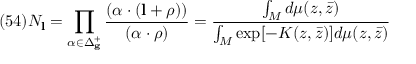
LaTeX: ( 5 4 ) N _ { \bf l } = \prod _ { \alpha \in \Delta _ { \bf g } ^ { + } } \frac { ( \alpha \cdot ( { \bf l } + \rho ) ) } { ( \alpha \cdot \rho ) } = \frac { \int _ { \cal M } d \mu ( z , \bar { z } ) } { \int _ { \cal M } \exp [ - K ( z , \bar { z } ) ] d \mu ( z , \bar { z } ) }